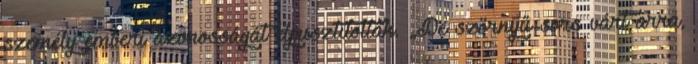
személy emberi azonosságát elpusztították. „De szörnyű sors várt arra,